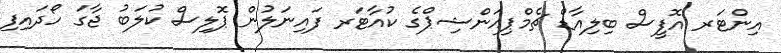
އިންޓަރ އޮފީސް ބިލިއާޑް ޗެމްޕިއަންޝިޕްގެ ކުއާޓަރ ފައިނަލުން ޕޮލިސް ކުލަބު ޖާގަ ހޯދައިފި